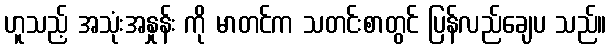
ဟူသည့် အသုံးအနှုန်း ကို မာတင်က သတင်းစာတွင် ပြန်လည်ချေပ သည်။